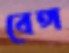
বেঙ্গ